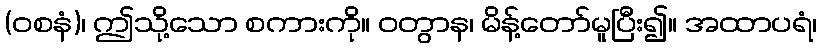
(ဝစနံ)၊ ဤသို့သော စကားကို။ ဝတွာန၊ မိန့်တော်မူပြီး၍။ အထာပရံ၊